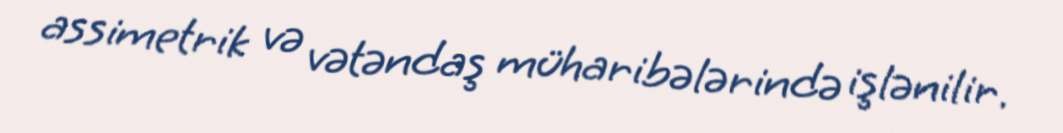
assimetrik və vətəndaş müharibələrində işlənilir.